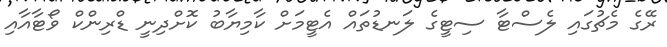
ރޭގެ މެޗުގައި ލެސްޓާ ސިޓީގެ ލަނޑުތައް އެޓީމަށް ކާމިޔާބު ކޮށްދިނީ ޑްރިންކް ވޯޓާއާއި